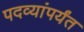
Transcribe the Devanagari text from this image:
पदव्यांपर्यंत